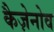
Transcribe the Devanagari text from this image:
कैज़ेनोव